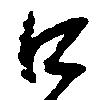
口